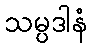
သမ္ပဒါနံ